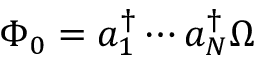
\Phi _ { 0 } = a _ { 1 } ^ { \dag } \cdots a _ { N } ^ { \dag } \Omega